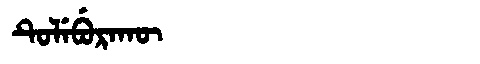
Manchu: ᡨᡠᠯᡝᠪᡠᡵᠠᡴᡡ
Romanization: TULEBURAKŪ